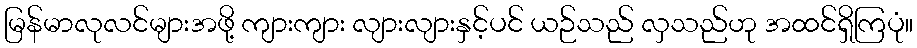
မြန်မာလုလင်များအဖို့ ကျားကျား လျားလျားနှင့်ပင် ယဉ်သည် လှသည်ဟု အထင်ရှိကြပုံ။